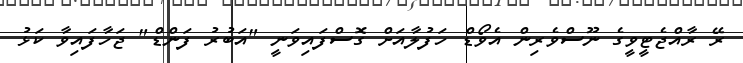
ރޭ ރާއްޖެޓީވީގެ ނޫސްވެރިން އެވޯޑް ހަފުލާއަށް ގޮސްފައިވަނީ "އަބުރު ފަންޑް" ޖަހާފައިވާ ކަޅު